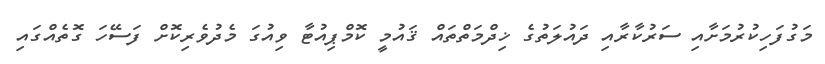
މަގުފަހިކުރުމަށާއި ސަރުކާރާއި ދައުލަތުގެ ޚިދްމަތްތައް ޤައުމީ ކޮމްޕިއުޓާ ވިއުގަ މެދުވެރިކޮށް ފަސޭހަ ގޮތެއްގައި